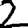
Digit: 2